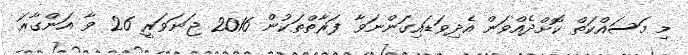
މި މަސައްކަތް ކޮށްދެއްވަން އެދިވަޑައިގަންނަވާ ފަރާތްތަކުން 2016 ޖަނަވަރީ 26 ވާ އަންގާރަ